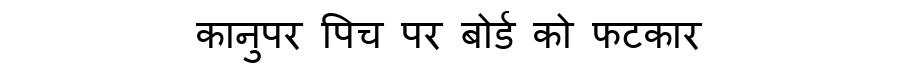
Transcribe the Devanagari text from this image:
कानुपर पिच पर बोर्ड को फटकार